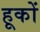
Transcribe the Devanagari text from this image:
हूकों